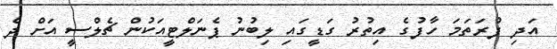
އަދި ފުރަތަމަ ހާފުގެ އިތުރު ގަޑީގައި ލިބުނު ޕެނަލްޓީއަކުން ޗެލްސީ އަށް ދެ